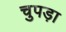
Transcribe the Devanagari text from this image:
चुपड़ा